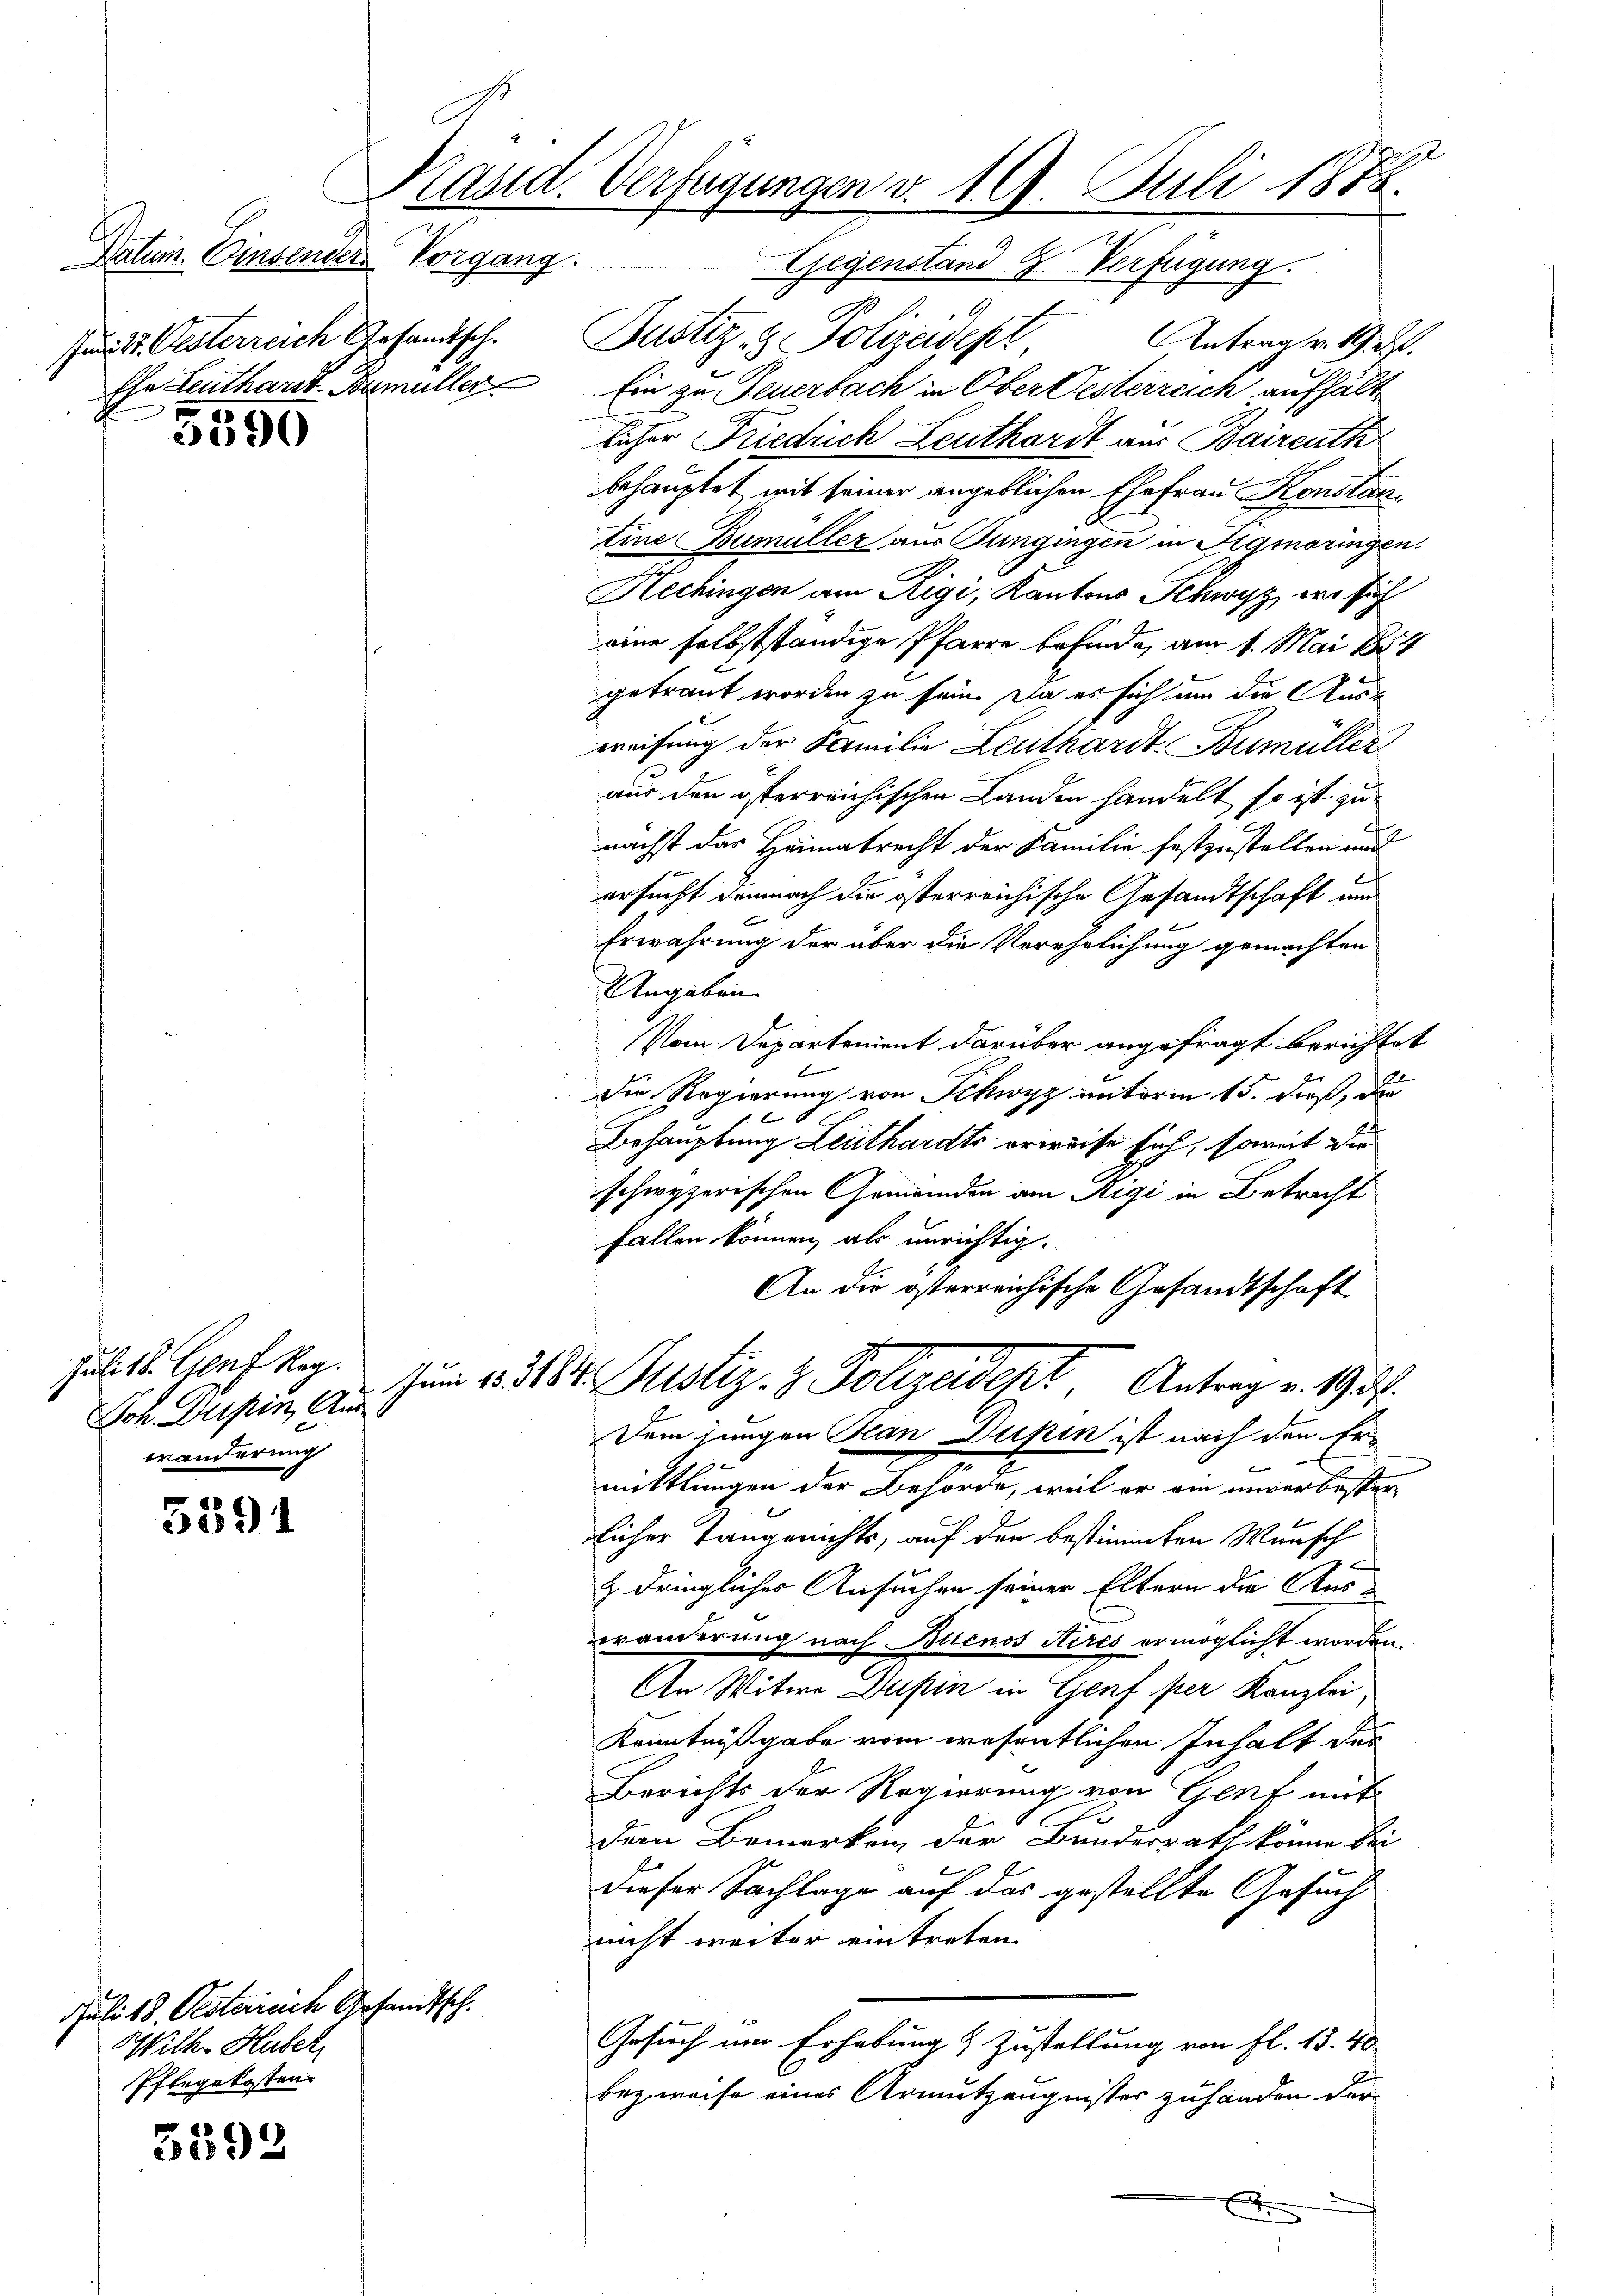
3390

Juli 18. Genf Reg.
Joh. Dupin, Aus
wänderung

5391

Juli 18. Oesterreich Gesandtsch.
Wilk-Huber,
Pflegekosten

5392

Natum. Einsender Vorgang.
Jurist. Oesterreich Gesandtsch.

Käsid. Verfügungen v. 19. Juli 1878.

Gegenstand. Verfügung.
Justiz- & Polizeidept Antrag v. 19. d.
Ehn Leuthardt-Bumüller Ein zu Feuerbach in Ober Oesterreich aufhält
licher Friedrich Leuthardt aus Baireuth
behauptet mit seiner angeblichen Ehefrau Konstan
tine Bumüller aus Jüngingen in Figmaringen.
Hechingen am Rigi, Kantons Schwyz, wo sich
eine selbstständige Pfarre befinde, am 1. Mai 1884
getraut worden zu sein. Da es sich um die Ausk
weisung der Familie Leuthardt, Bumüller
aus den österreichischen Landen handelt so ist zu
nächst das Heimatrecht der Familie festzustellen und
ersucht demnach die österreichische Gesandtschaft und
Erwährung der über die Verehelichung gemachten
Angaben
Vom Departement darüber angefragt berichtet
Die Regierung von Schwyz unterm 15. dieß, der
B
Behauptung Leuthardts erweise sich, soweit die
schwyzerischen Gemeinden am Rigi in Betracht
fallen können, als unrichtig.
An die österreichische Gesandtschaft
Zum 1. 314. Justiz- & Polizeidept, Antrag v. 1937.
Dem jungen Jean Dupen ist nach den Ermittlungen der Behörde, weil er am unverbester-
licher Tange nichts, auf den bestimmten Wunsch
.
& dringliches Ansuchen seiner Eltern die Auswänderung nach Buenos Aires ermöglicht worden.
An Witwe Dupin in Genf per Kanzlei,
Kenntnißgabe vom wesentlichen Inhalt des
Berichts der Regierung von Genf mit
dem Bemerken der Bundesrath könne bei
Dieser Sachlage auf das gestellte Gesuch
nicht weiter eintreten.
Gesuch um Erhebung & Zustellung von fl. 18. 40
bezweise eines Armutzeugnisses zuhanden der
E